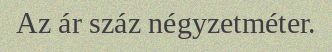
Az ár száz négyzetméter.